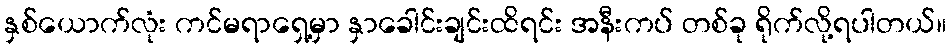
နှစ်ယောက်လုံး ကင်မရာရှေ့မှာ နှာခေါင်းချင်းထိရင်း အနီးကပ် တစ်ခု ရိုက်လို့ရပါတယ်။